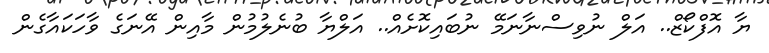
ޔާ އޮފްކޯޒް.. އަލް ނުވިސްނާނަމޭ ނުބައިކޮށެއް.. އަލްޔާ ބުނެލުމުން މާއިން އޭނަގެ ވާހަކައާގެން